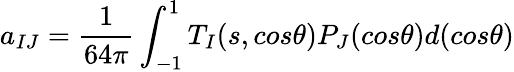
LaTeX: a_{IJ}=\frac{1}{64\pi}\int_{-1}^{1}T_{I}(s,cos\theta)P_{J}(cos\theta)d(cos\theta)